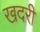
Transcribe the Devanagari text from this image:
खदरी